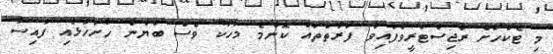
މި ޓެކުހަށް ރަޖިސްޓަރީވެފައިވާ ފަރާތްތައް ކޮންމެ މަހަކު ވެސް ބަޔާން ހުށަހަޅައި ފައިސާ